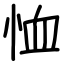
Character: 恤